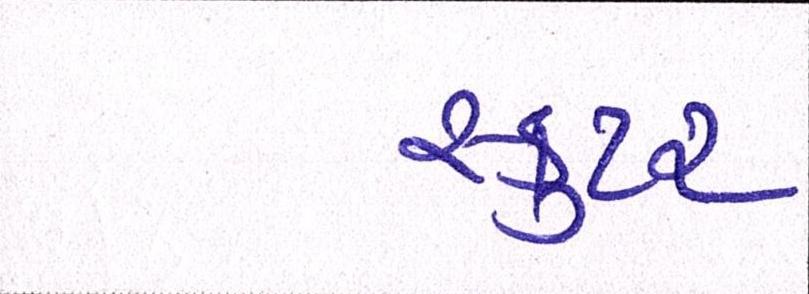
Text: સ્કુટર